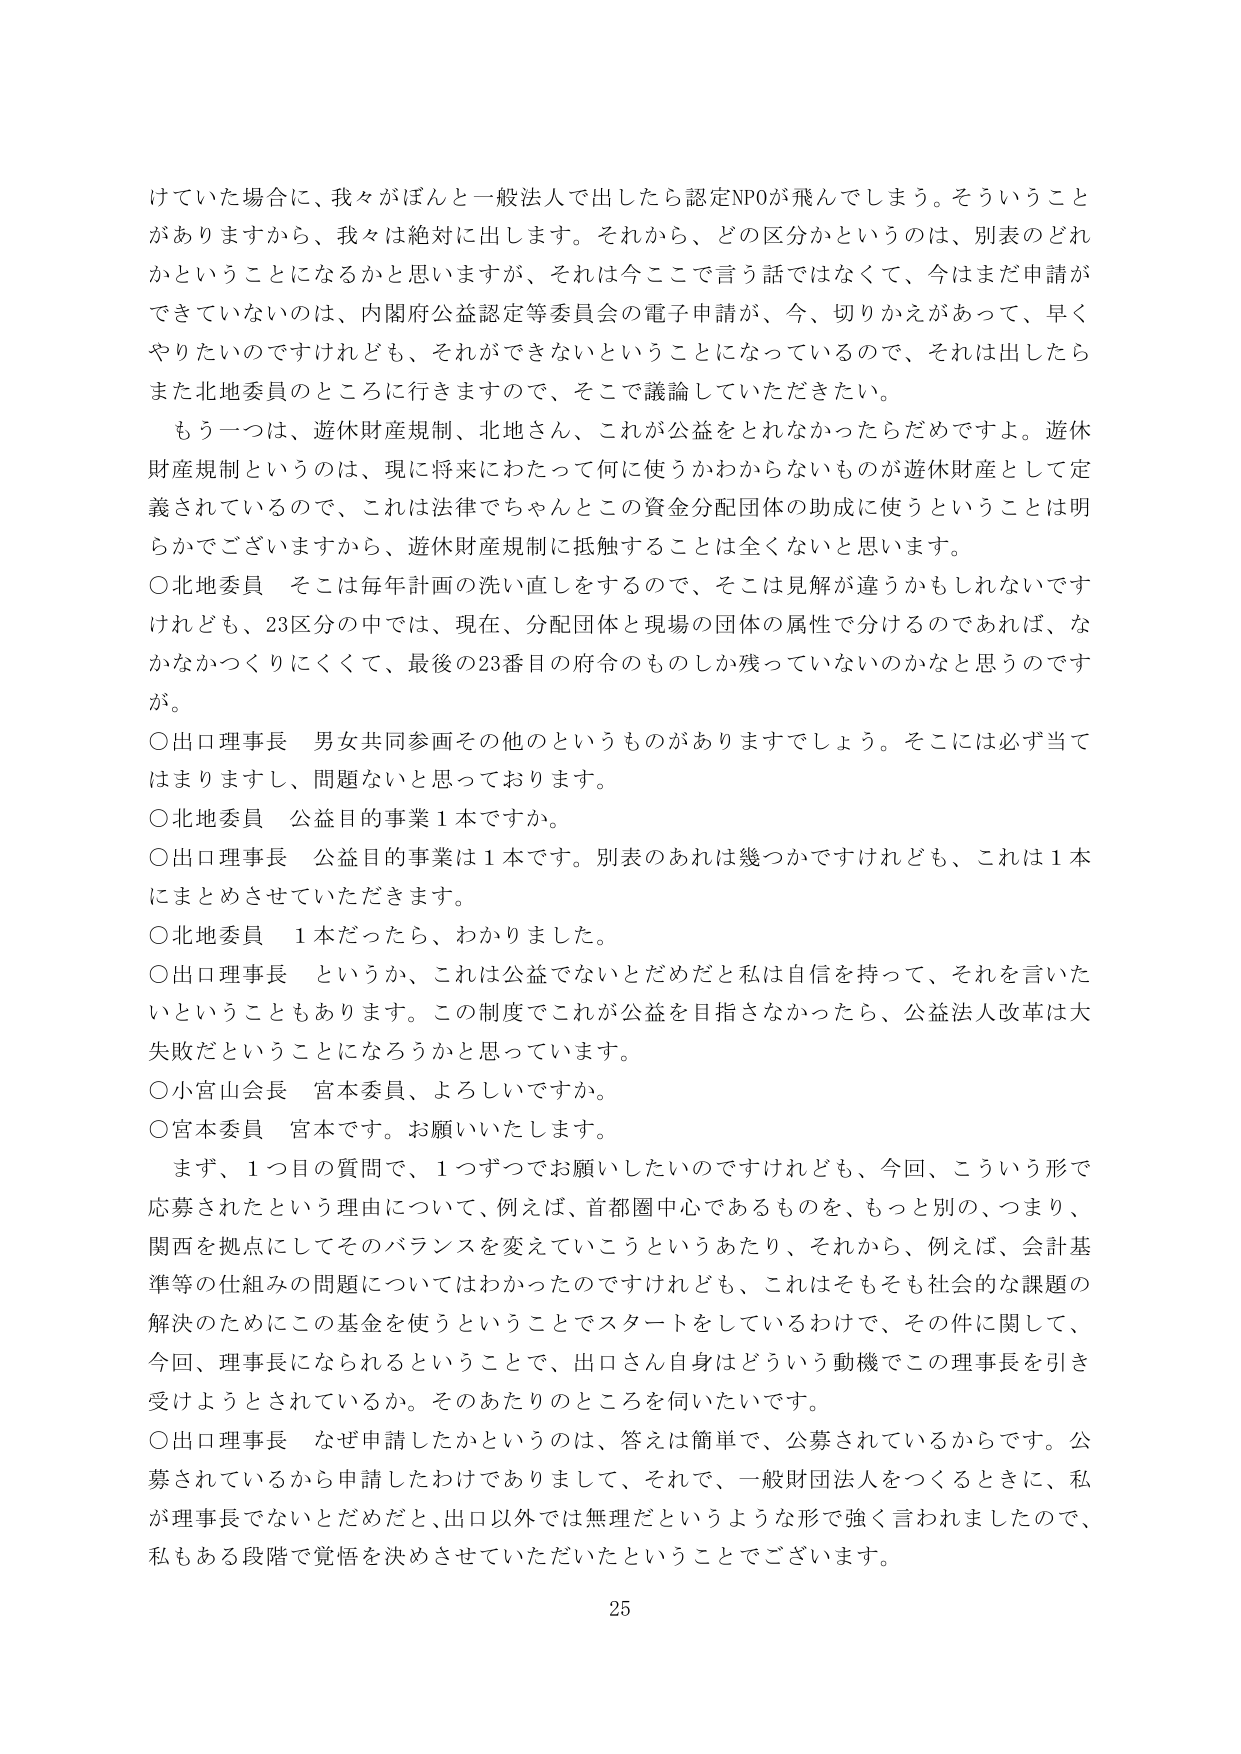
けていた場合に、我々がぼんと一般法人で出したら認定NPOが飛んでしまう。そういうことがありますから、我々は絶対に出します。それから、どの区分かというのは、別表のどれかということになるかと思いますが、それは今ここで言う話ではなくて、今はまだ申請ができていないのは、内閣府公益認定等委員会の電子申請が、今、切りかえがあって、早くやりたいのですけれども、それができないということになっているので、それは出したらまた北地委員のところに行きますので、そこで議論していただきたい。

もう一つは、遊休財産規制、北地さん、これが公益をとれなかったらだめですよ。遊休財産規制というのは、現に将来にわたって何に使うかわからないものが遊休財産として定義されているので、これは法律でちゃんとこの資金分配団体の助成に使うということは明らかでございますから、遊休財産規制に抵触することは全くないと思います。

○北地委員　そこは毎年計画の洗い直しをするので、そこは見解が違うかもしれないですけれども、23区分の中では、現在、分配団体と現場の団体の属性で分けるのであれば、なかなかつくりにくくて、最後の23番目の府令のものしか残っていないのかなと思うのですが。

○出口理事長　男女共同参画その他のというものがありますでしょう。そこには必ず当てはまりますし、問題ないと思っております。

○北地委員　公益目的事業１本ですか。

○出口理事長　公益目的事業は１本です。別表のあれは幾つかですけれども、これは１本にまとめさせていただきます。

○北地委員　１本だったら、わかりました。

○出口理事長　というか、これは公益でないとだめだと私は自信を持って、それを言いたいということもあります。この制度でこれが公益を目指さなかったら、公益法人改革は大失敗だということになろうかと思っています。

○小宮山会長　宮本委員、よろしいですか。

○宮本委員　宮本です。お願いいたします。

まず、１つ目の質問で、１つずつでお願いしたいのですけれども、今回、こういう形で応募されたという理由について、例えば、首都圏中心であるものを、もっと別の、つまり、関西を拠点にしてそのバランスを変えていこうというあたり、それから、例えば、会計基準等の仕組みの問題についてはわかったのですけれども、これはそもそも社会的な課題の解決のためにこの基金を使うということでスタートをしているわけで、その件に関して、今回、理事長になられるということで、出口さん自身はどういう動機でこの理事長を引き受けようとされているか。そのあたりのところを伺いたいです。

○出口理事長　なぜ申請したかというのは、答えは簡単で、公募されているからです。公募されているから申請したわけでありますして、それで、一般財団法人をつくるときに、私が理事長でないとだめだと、出口以外では無理だというような形で強く言われましたので、私もある段階で覚悟を決めさせていただいたということでございます。

25